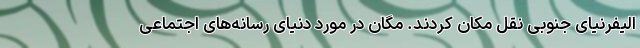
الیفرنیای جنوبی نقل مکان کردند. مگان در مورد دنیای رسانه‌های اجتماعی